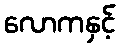
လောကနှင့်